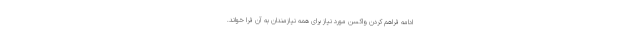
ادامه فراهم کردن واکسن مورد نیاز برای همه نیازمندان به آن فرا خواند.